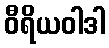
ဝီရိယဝါဒါ